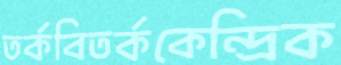
তর্কবিতর্ককেন্দ্রিক